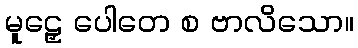
မူဠှေ ပေါတေ စ ဗာလိသော။